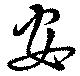
安